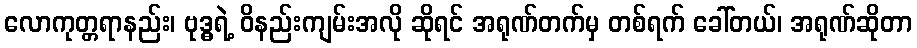
လောကုတ္တရာနည်း၊ ဗုဒ္ဓရဲ့ ဝိနည်းကျမ်းအလို ဆိုရင် အရုဏ်တက်မှ တစ်ရက် ခေါ်တယ်၊ အရုဏ်ဆိုတာ